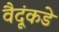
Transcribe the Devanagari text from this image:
वैदूंकडे